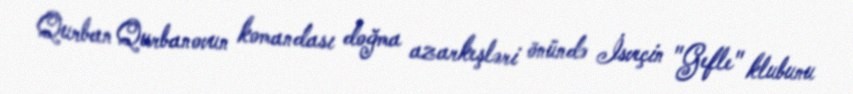
Qurban Qurbanovun komandası doğma azarkeşləri önündə İsveçin "Gefle" klubunu